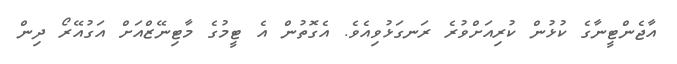
އާޖެންޓީނާގެ ކުޅުން ކުރިއަށްވުރެ ރަނގަޅުވިއެވެ. އެގޮތުން އެ ޓީމުގެ މާޓިނޭޒްއަށް އަގުއޭރޯ ދިން